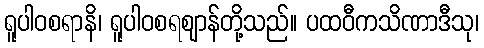
ရူပါဝစရာနိ၊ ရူပါဝစရဈာန်တို့သည်။ ပထဝီကသိဏာဒီသု၊